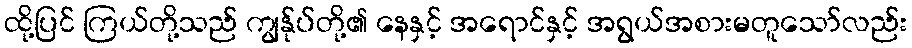
ထို့ပြင် ကြယ်တို့သည် ကျွန်ုပ်တို့၏ နေနှင့် အရောင်နှင့် အရွယ်အစားမတူသော်လည်း